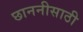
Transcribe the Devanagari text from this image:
छाननीसाठी